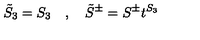
\tilde { S } _ { 3 } = S _ { 3 } \quad , \quad \tilde { S } ^ { \pm } = S ^ { \pm } t ^ { S _ { 3 } }